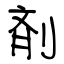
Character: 剤